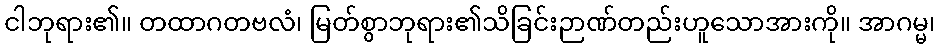
ငါဘုရား၏။ တထာဂတဗလံ၊ မြတ်စွာဘုရား၏သိခြင်းဉာဏ်တည်းဟူသောအားကို။ အာဂမ္မ၊